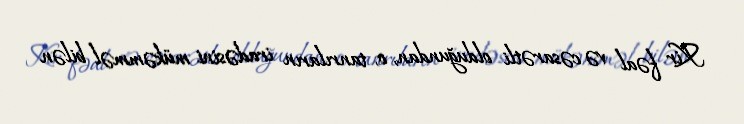
Kir fəal və cəsarətli olduğundan, o, tanrıların iradəsini mükəmməl bilən